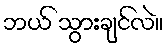
ဘယ် သွားချင်လဲ။